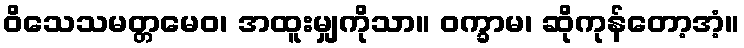
ဝိသေသမတ္တမေဝ၊ အထူးမျှကိုသာ။ ဝက္ခာမ၊ ဆိုကုန်တော့အံ့။